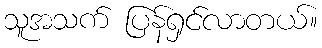
သူအသက် ပြန်ရှင်လာတယ်။